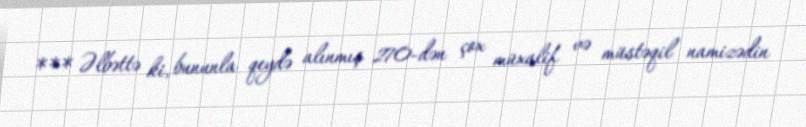
*** Əlbəttə ki, bununla qeydə alınmış 270-dən çox müxalif və müstəqil namizədin